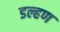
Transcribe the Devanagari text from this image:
डल्हण